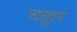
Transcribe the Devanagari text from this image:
चाहुर